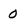
Character: 0